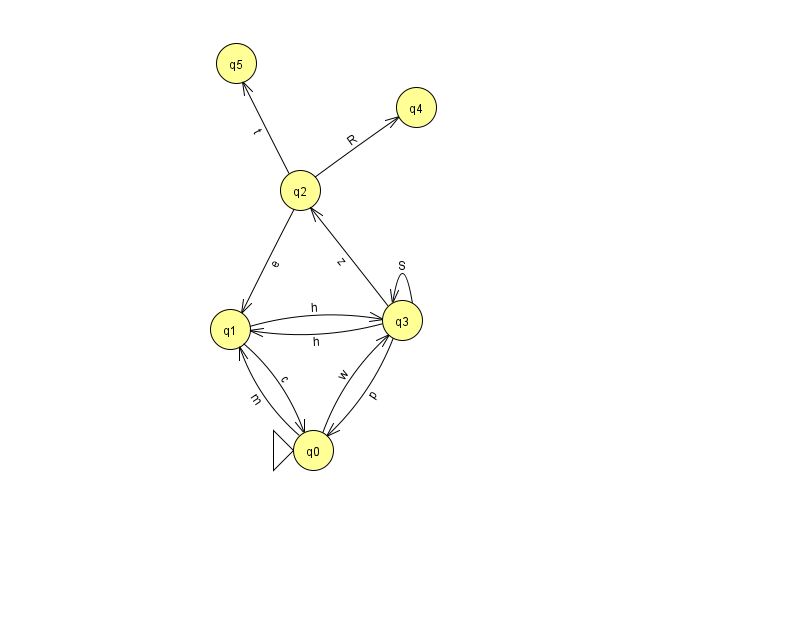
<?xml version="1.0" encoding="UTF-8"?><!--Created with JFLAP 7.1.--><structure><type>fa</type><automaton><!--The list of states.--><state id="0" name="q0"><x>313.0</x><y>437.0</y><initial/></state><state id="1" name="q1"><x>230.0</x><y>316.0</y></state><state id="2" name="q2"><x>300.0</x><y>177.0</y></state><state id="3" name="q3"><x>402.0</x><y>307.0</y></state><state id="4" name="q4"><x>416.0</x><y>94.0</y></state><state id="5" name="q5"><x>236.0</x><y>50.0</y></state><!--The list of transitions.--><transition><from>2</from><to>1</to><read>e</read></transition><transition><from>3</from><to>2</to><read>z</read></transition><transition><from>1</from><to>0</to><read>c</read></transition><transition><from>3</from><to>3</to><read>S</read></transition><transition><from>1</from><to>3</to><read>h</read></transition><transition><from>3</from><to>1</to><read>h</read></transition><transition><from>0</from><to>3</to><read>w</read></transition><transition><from>0</from><to>1</to><read>m</read></transition><transition><from>2</from><to>4</to><read>R</read></transition><transition><from>2</from><to>5</to><read>t</read></transition><transition><from>3</from><to>0</to><read>p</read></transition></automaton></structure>